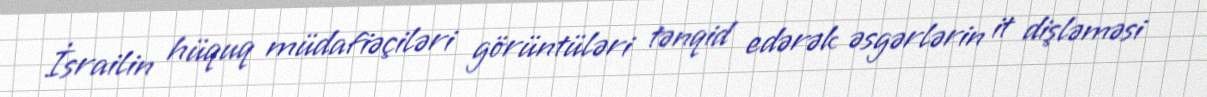
İsrailin hüquq müdafiəçiləri görüntüləri tənqid edərək əsgərlərin it dişləməsi